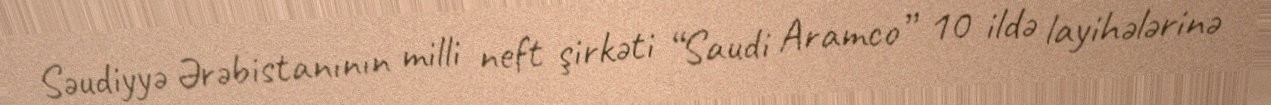
Səudiyyə Ərəbistanının milli neft şirkəti “Saudi Aramco” 10 ildə layihələrinə